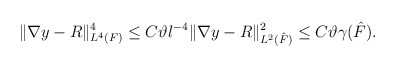
\begin{align*}\Vert \nabla y - R\Vert^4_{L^4(F)} \le C \vartheta l^{-4} \Vert \nabla y - R\Vert^2_{L^2(\hat{F})} \le C \vartheta \gamma(\hat{F}). \end{align*}